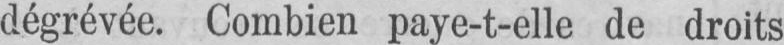
dégrevée. Combien paye-t-elle de droits